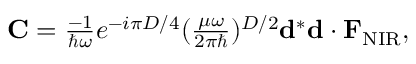
\begin{array} { r } { { \bf C } = \frac { - 1 } { \hbar \omega } e ^ { - i { \pi D } / { 4 } } ( \frac { \mu \omega } { 2 \pi \hbar } ) ^ { { D } / { 2 } } { \bf d } ^ { * } { \bf d } \cdot { \bf F } _ { \mathrm { N I R } } , } \end{array}